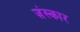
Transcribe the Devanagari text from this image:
ज़ंस्कार